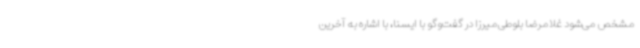
مشخص می‌شود غلامرضا بلوطی‌میرزا در گفت‌وگو با ایسنا، با اشاره به آخرین